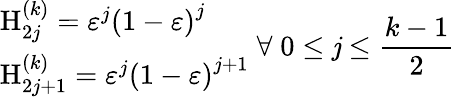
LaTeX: \begin{array}{l}{{\mathrm{H}_{2j}^{\left(k\right)}=\varepsilon^{j}\left(1-\varepsilon\right)^{j}}}\\ {{\mathrm{H}_{2j+1}^{\left(k\right)}=\varepsilon^{j}\left(1-\varepsilon\right)^{j+1}}}\end{array}\; \forall\; 0\leq\mathit{j}\leq\frac{{k-1}}{2}